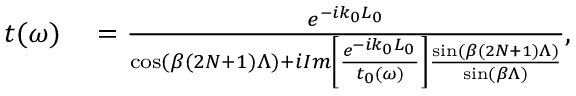
\begin{array} { r l } { t ( \omega ) } & { { } = \frac { e ^ { - i k _ { 0 } L _ { 0 } } } { \cos ( \beta ( 2 N + 1 ) \Lambda ) + i I m \left[ \frac { e ^ { - i k _ { 0 } L _ { 0 } } } { t _ { 0 } ( \omega ) } \right] \frac { \sin ( \beta ( 2 N + 1 ) \Lambda ) } { \sin ( \beta \Lambda ) } } , } \end{array}